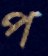
প